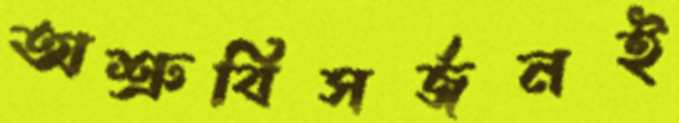
অশ্রুবিসর্জনই